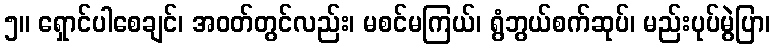
၅။ ရှောင်ပါစေချင်၊ အဝတ်တွင်လည်း၊ မစင်မကြယ်၊ ရွံဘွယ်စက်ဆုပ်၊ မည်းပုပ်မွဲပြာ၊